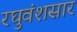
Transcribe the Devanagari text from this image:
रघुवंशसार